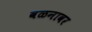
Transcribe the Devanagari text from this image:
वळनावर